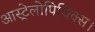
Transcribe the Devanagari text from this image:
आस्ट्रेलोपिथिक्स।